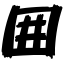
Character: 囲